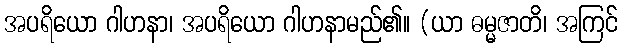
အပရိယော ဂါဟနာ၊ အပရိယော ဂါဟနာမည်၏။ (ယာ ဓမ္မဇာတိ၊ အကြင်